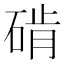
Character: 𬒔